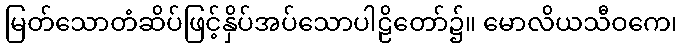
မြတ်သောတံဆိပ်ဖြင့်နှိပ်အပ်သောပါဠိတော်၌။ မောလိယသီဝကေ၊